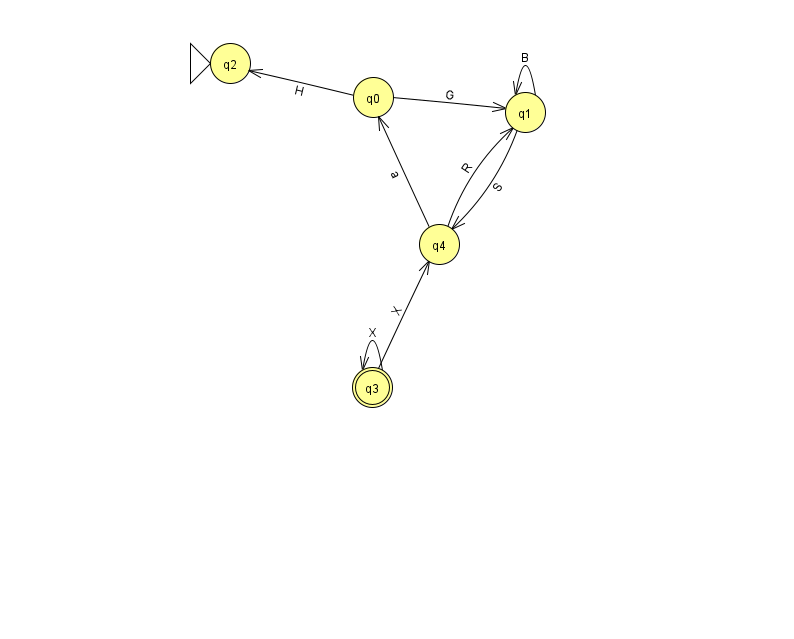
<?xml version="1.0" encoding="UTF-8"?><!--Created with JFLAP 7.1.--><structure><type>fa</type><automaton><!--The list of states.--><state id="0" name="q0"><x>373.0</x><y>84.0</y></state><state id="1" name="q1"><x>525.0</x><y>99.0</y></state><state id="2" name="q2"><x>230.0</x><y>50.0</y><initial/></state><state id="3" name="q3"><x>372.0</x><y>374.0</y><final/></state><state id="4" name="q4"><x>439.0</x><y>231.0</y></state><!--The list of transitions.--><transition><from>1</from><to>4</to><read>S</read></transition><transition><from>4</from><to>1</to><read>R</read></transition><transition><from>1</from><to>1</to><read>B</read></transition><transition><from>0</from><to>2</to><read>H</read></transition><transition><from>4</from><to>0</to><read>a</read></transition><transition><from>0</from><to>1</to><read>G</read></transition><transition><from>3</from><to>3</to><read>X</read></transition><transition><from>3</from><to>4</to><read>X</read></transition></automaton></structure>